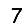
Digit: 7